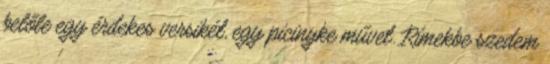
belőle egy érdekes versikét, egy picinyke művet. Rímekbe szedem